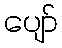
ပျော်